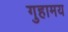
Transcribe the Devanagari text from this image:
गुहामय